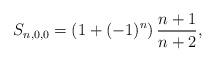
LaTeX: \begin{align*}S_{n,0,0}=(1+(-1)^n)\,\frac{n+1}{n+2},\end{align*}